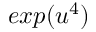
e x p ( u ^ { 4 } )